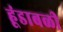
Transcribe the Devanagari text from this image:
हूंडाबळी